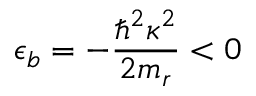
\epsilon _ { b } = - \frac { \hbar ^ { 2 } \kappa ^ { 2 } } { 2 m _ { r } } < 0